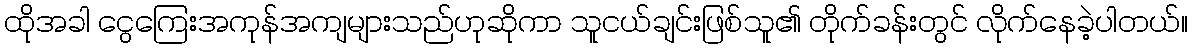
ထိုအခါ ငွေကြေးအကုန်အကျများသည်ဟုဆိုကာ သူငယ်ချင်းဖြစ်သူ၏ တိုက်ခန်းတွင် လိုက်နေခဲ့ပါတယ်။